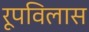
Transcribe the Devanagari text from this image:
रूपविलास